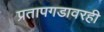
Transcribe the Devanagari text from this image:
प्रतापगडावरही